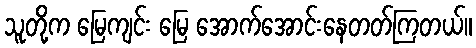
သူတို့က မြေကျင်း မြေ အောက်အောင်းနေတတ်ကြတယ်။